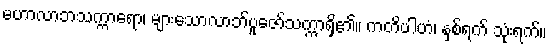
မဟာလာဘသက္ကာရော၊ များသောလာဘ်ပူဇော်သက္ကာရှိ၏။ ကတိပါဟံ၊ နှစ်ရက် သုံးရက်။